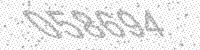
Solution: 058694